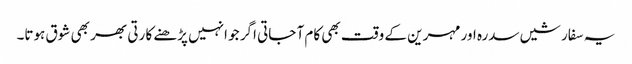
یہ سفارشیں سدرہ اور مہرین کے وقت بھی کام آ جاتی اگر جو انہیں پڑھنے کا رتی بھر بھی شوق ہوتا۔